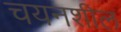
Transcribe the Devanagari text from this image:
चयनशील